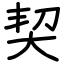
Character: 契